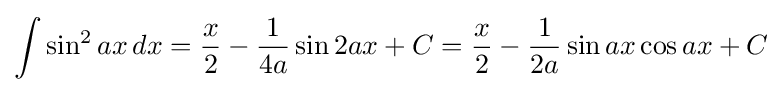
\int \sin ^{2}{ax}\,dx={\frac {x}{2}}-{\frac {1}{4a}}\sin 2ax+C={\frac {x}{2}}-{\frac {1}{2a}}\sin ax\cos ax+C